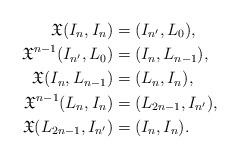
LaTeX: \begin{align*}\mathfrak{X}(I_n, I_n)&=(I_{n^{\prime}}, L_0),\\\mathfrak{X}^{n-1}(I_{n^{\prime}}, L_0)&=(I_{n}, L_{n-1}),\\\mathfrak{X}(I_{n}, L_{n-1})&=(L_{n}, I_{n}),\\\mathfrak{X}^{n-1}(L_{n}, I_{n})&=(L_{2n-1}, I_{n^{\prime}}),\\\mathfrak{X}(L_{2n-1}, I_{n^{\prime}})&=(I_{n}, I_{n}).\end{align*}